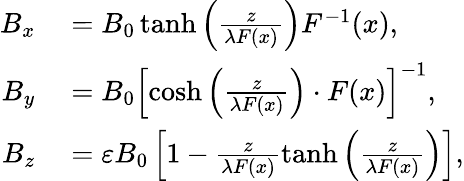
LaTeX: \begin{array}{rl}{B_{x}}&{{}=B_{0}\operatorname{tanh}\left(\frac{z}{\lambda F(x)}\right)F^{-1}(x),}\\ {B_{y}}&{{}=B_{0}\left[\cosh\left(\frac{z}{\lambda F(x)}\right)\cdot F(x)\right]^{-1},}\\ {B_{z}}&{{}=\varepsilon B_{0}\left[1-\frac{z}{\lambda F(x)}\operatorname{tanh}\left(\frac{z}{\lambda F(x)}\right)\right],}\end{array}